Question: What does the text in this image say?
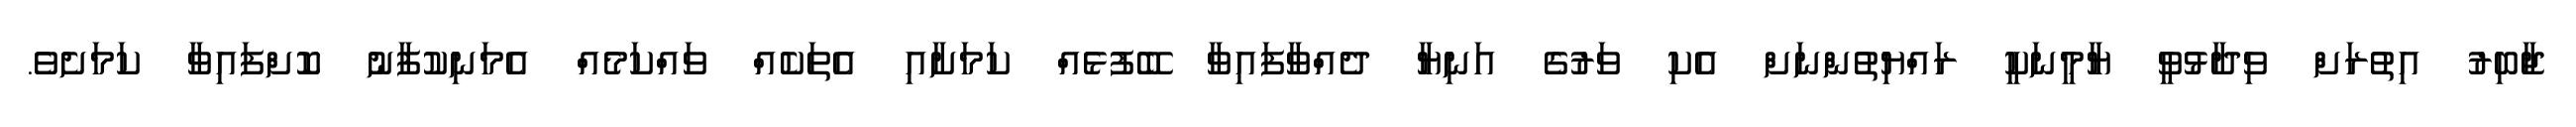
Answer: ޖާބިރު އިތުރަށް ވިދާޅުވީ ޔާމީނަކީ ރައްޔިތުންނަށް އެކި ވަރުގެ އަނިޔާ ދެއްވާފައިވާ ބޭފުޅެއް ކަމަށާއި އެތަކެއް ވައްކަމެއް އެމަނިކުފާނު ކޮށްފައިވާ ކަމަށެވެ.